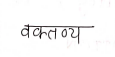
मजकूर: वक्तव्य